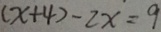
( x + 4 ) - 2 x = 9